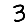
Digit: 3